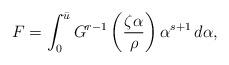
LaTeX: \begin{align*} F = \int_{0}^{\bar{u}} G^{r-1}\left(\frac{\zeta \alpha}{\rho}\right)\alpha^{s+1} \,d\alpha , \end{align*}